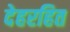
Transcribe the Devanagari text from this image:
देहरहित